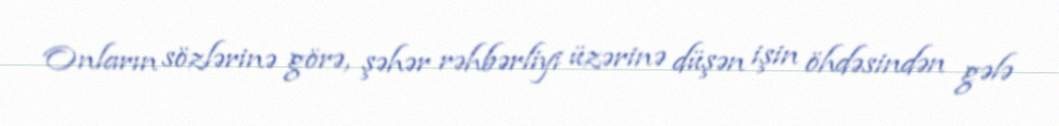
Onların sözlərinə görə, şəhər rəhbərliyi üzərinə düşən işin öhdəsindən gələ